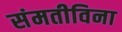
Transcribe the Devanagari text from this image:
संमतीविना